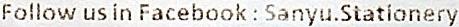
FOLLOW US IN FACEBOOK : SANYU.STATIONERY